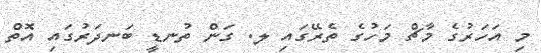
މި އަހަރުގެ މާޗް މަހުގެ ތެރޭގައި ލ. ގަން ތުނޑީ ބަނދަރުގައި އޮތް